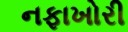
નફાખોરી